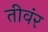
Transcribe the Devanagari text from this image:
तीवंर